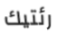
رئتيك